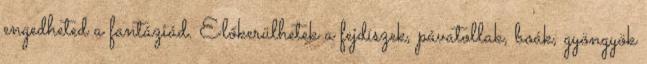
engedheted a fantáziád. Előkerülhetek a fejdíszek, pávatollak, boák, gyöngyök